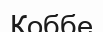
Коббе